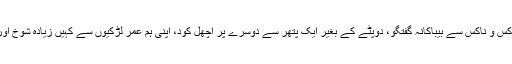
باؤلی پر ہرکس و ناکس سے بیباکانہ گفتگو، دوپٹے کے بغیر ایک پتھر سے دوسرے پر اچھل کود، اپنی ہم عمر لڑکیوں سے کہیں زیادہ شوخ اور آزاد روی۔